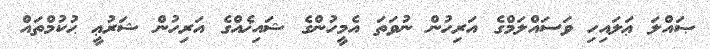
ޞައްލަ ޢަލައިހި ވަސައްލަމްގެ އަރިހުން ނުވަތަ އެމީހުންގެ ޝައިޚެއްގެ އަރިހުން ޝަރުޢީ ޙުކުމްތައް